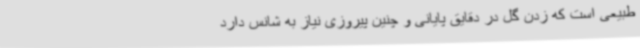
طبیعی است که زدن گل در دقایق پایانی و چنین پیروزی نیاز به شانس دارد